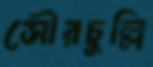
সৌরচুল্লি